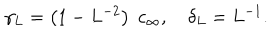
\gamma _ { L } = \left( 1 - L ^ { - 2 } \right) \; c _ { \infty } , \quad \delta _ { L } = L ^ { - 1 } .